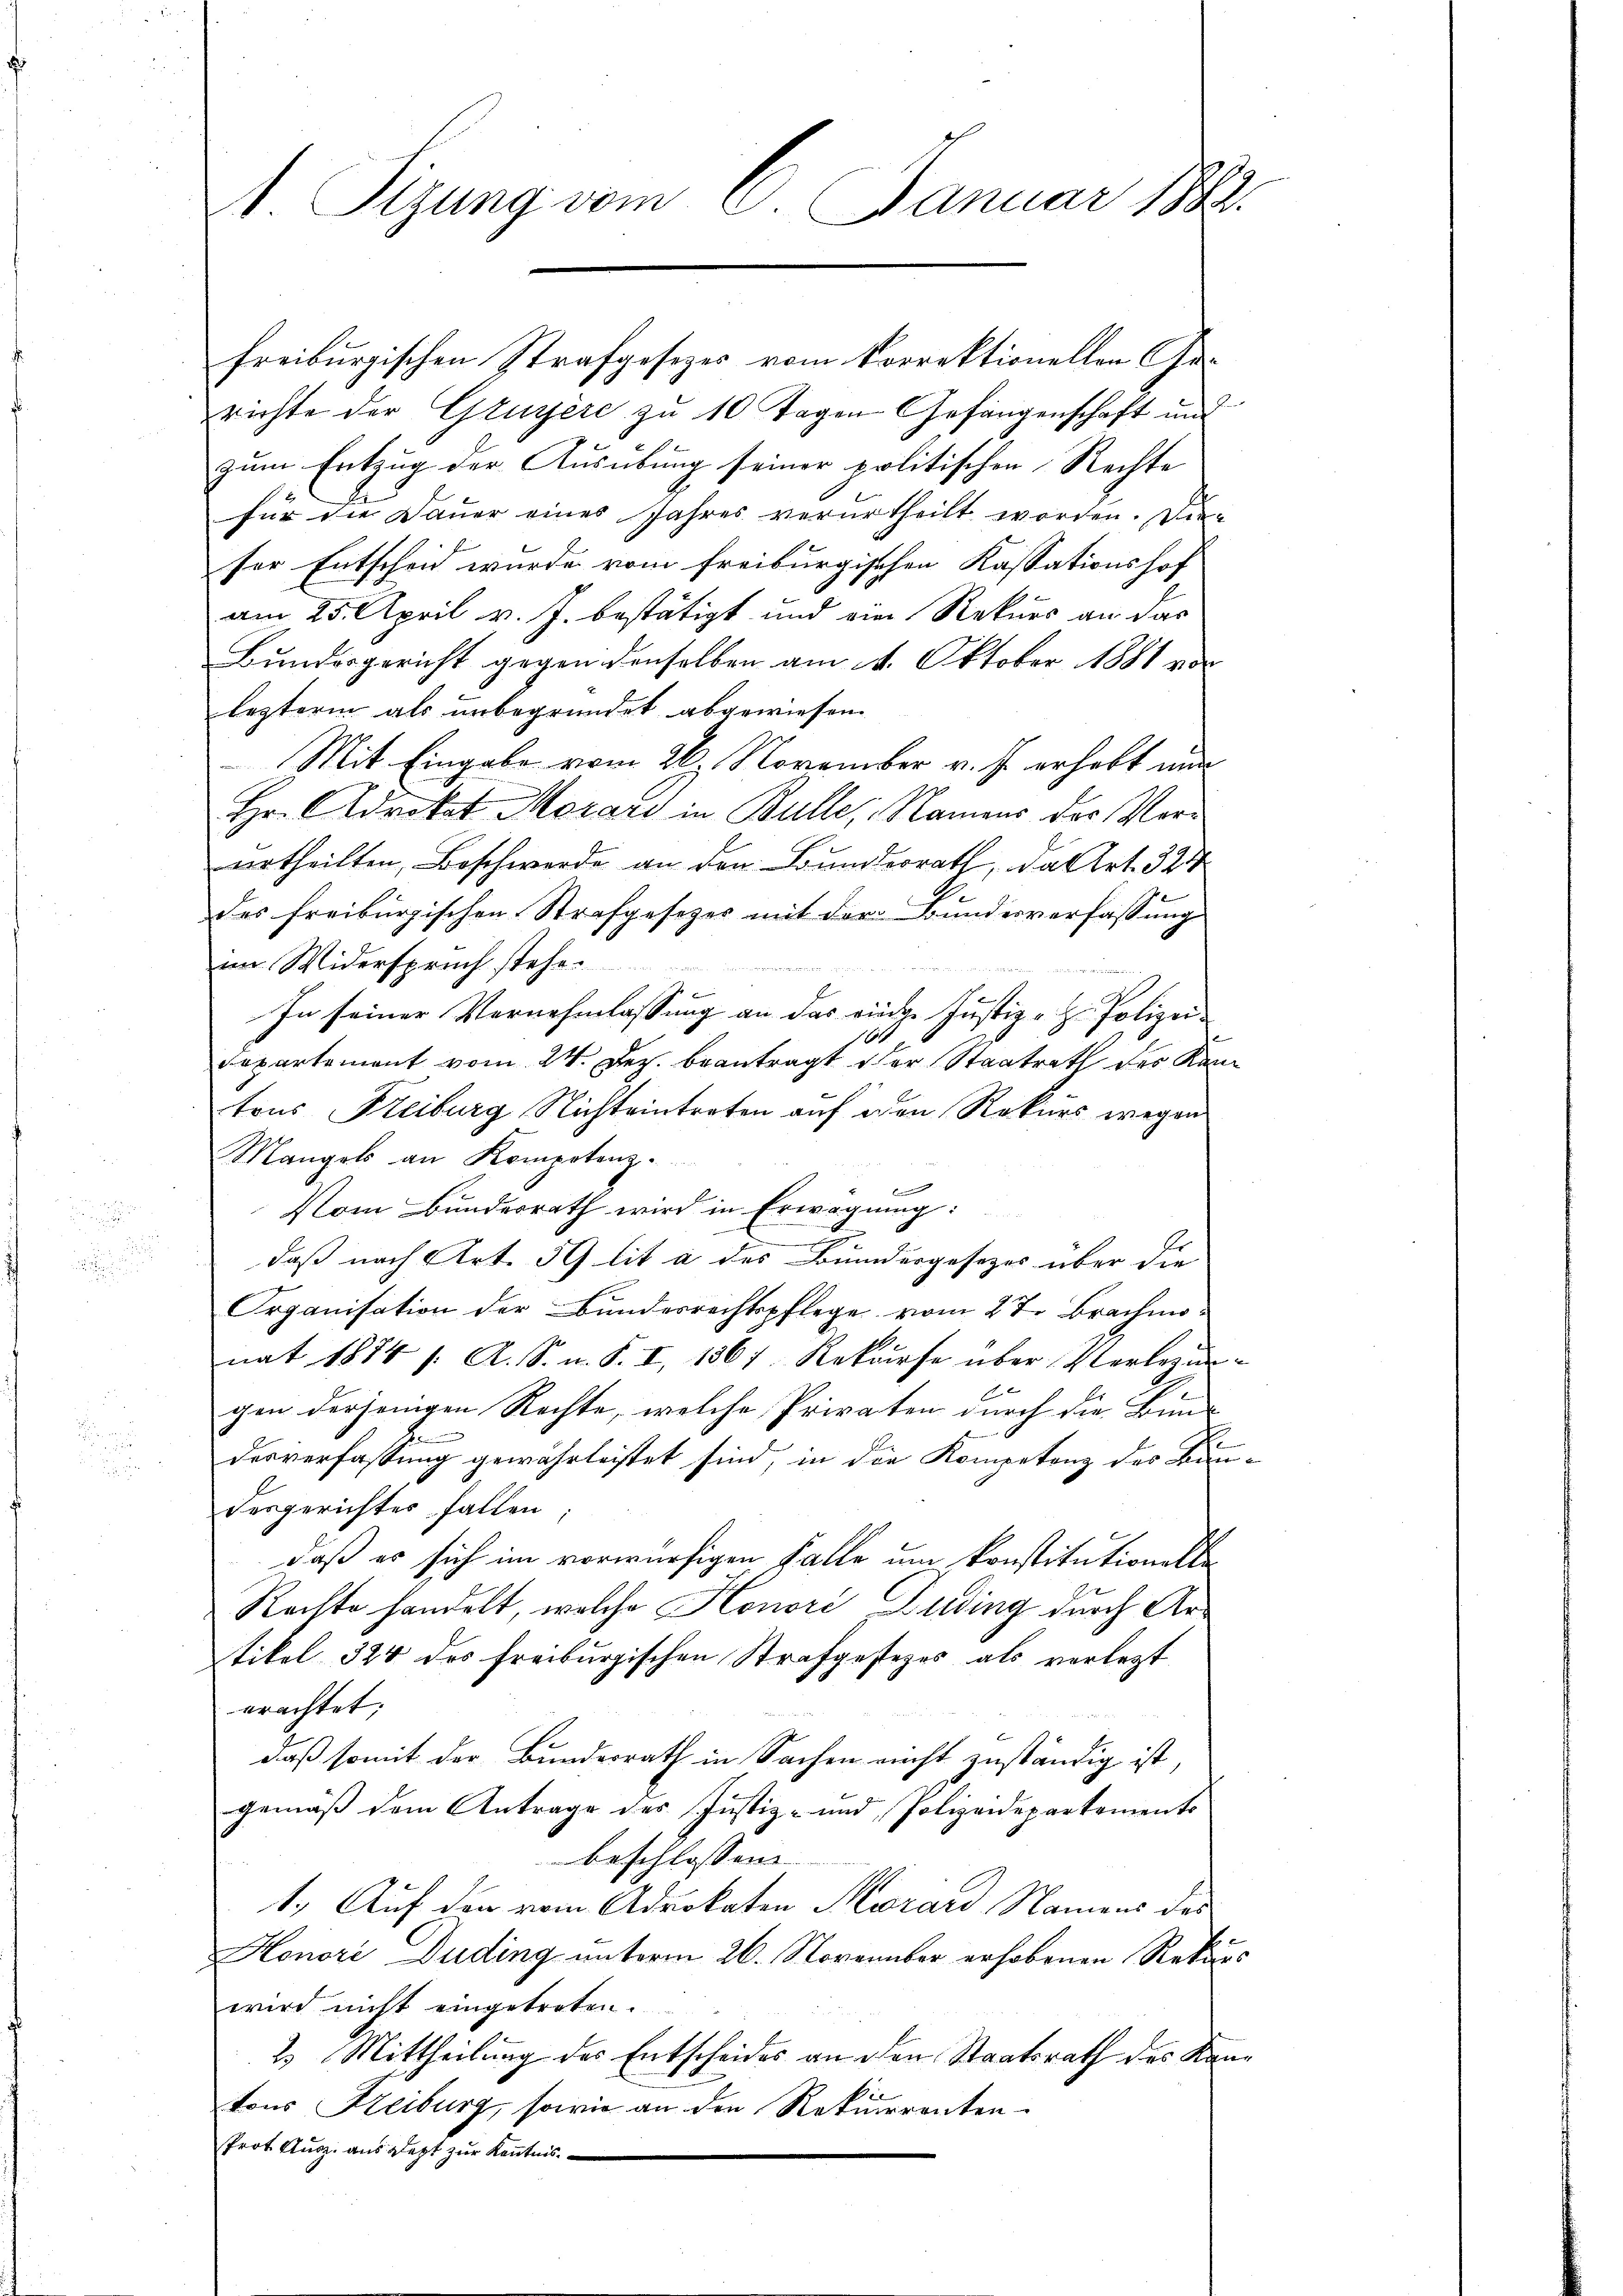
1 Sizung vom 6. Januar 1882.

freiburgischen Strafgesetzes vom Vorrektionellen Gerichte der Gruyère zu 10 Tagen Gefangenschaft und
zum Entzug der Ausübung seiner politischen Rechte
für die Dauer eines Jahres verurtheilt worden. Die
ser Entscheid wurde vom freiburgischen Kassationshof
am 25. April v. J. bestätigt und ein Rekurs an das
Bundesgericht gegen denselben am 4. Oktober 1881 vo
lezterm als unbegründet abgewiesen.
Mit Eingabe vom 26. November v. J. erhebt nun
Hr. Advokat Morars in Bulle, Namens des Verurtheilten, Beschwerde an den Bundesrath, da Art. 324
des freiburgischen Strafgesetzes mit der Bundesverfassung
im Widerspruch stehe.

In seiner Vernehmlassung an das einge Justiz- H. Polizei-
1
Departement vom 24. Dez. beantragt der Staatrath des Kantrus Freiburg Nichteintreten auf den Rekurs wegen
Mangels an Kompotenz.
s
Vom Bundesrath wird in Erwägung:
daß nach Art. 39 lit à des Bundergesezes über die
g
Organisation der Bundesrechtspflege vom 27. Brachmonat 1854 f. A. S. m. S. I, 1561. Rekurse über Verlegun
gen derjenigen Rechte, welche Privaten durch die Bun-
2.
desverfassung gewährleistet sind, in die Kompetenz des Ban
desgerichtes fallen,
daß er sich im vorwürfigen Falle um konstitutionelle
Rechte handelt, welche Honori Buding durch Antikel 324 des Freiburgischen Strafgesezes als verletzt
erachtet;
daß somit der Bundesrath in Sachen nicht zuständig ist,
gemäß dem Antrage des Justiz- und Polizeidepartements
beschlossene
1.) Auf den vom Advokaten Kurard Namens des
Honori Duding unterm 26. November erhobenen Rekur
wird nicht eingetreten.
2. Mittheilung des Entscheides an den Staatsrath des Katons Heiburg, sowie an den Rekurrenten.
Prot. Ausz. aus Jezt zur Kenntnis

2
6